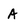
Character: A